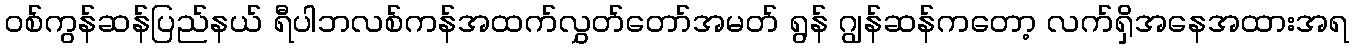
ဝစ်ကွန်ဆန်ပြည်နယ် ရီပါဘလစ်ကန်အထက်လွှတ်တော်အမတ် ရွန် ဂျွန်ဆန်ကတော့ လက်ရှိအနေအထားအရ